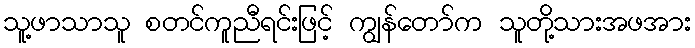
သူ့ဖာသာသူ စတင်ကူညီရင်းဖြင့် ကျွန်တော်က သူတို့သားအဖအား